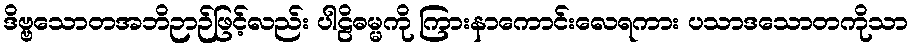
ဒိဗ္ဗသောတအဘိဉာဉ်ဖြင့်လည်း ပါဠိဓမ္မကို ကြားနာကောင်းလေရကား ပသာဒသောတကိုသာ